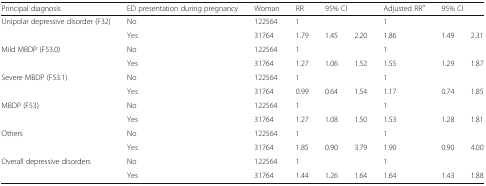
| Principal diagnosis | ED presentation during pregnancy | Woman | RR | <COLSPAN=2> 95% CI | Adjusted RRa | <COLSPAN=2> 95% CI |
 | --- | --- | --- | --- | --- | --- | --- | --- | --- |
 | <ROWSPAN=2> Unipolar depressive disorder (F32) | No | 122564 | 1 |  |  | 1 |  |  |
 | Yes | 31764 | 1.79 | 1.45 | 2.20 | 1.86 | 1.49 | 2.31 |
 | <ROWSPAN=2> Mild MBDP (F53.0) | No | 122564 | 1 |  |  | 1 |  |  |
 | Yes | 31764 | 1.27 | 1.06 | 1.52 | 1.55 | 1.29 | 1.87 |
 | <ROWSPAN=2> Severe MBDP (F53.1) | No | 122564 | 1 |  |  | 1 |  |  |
 | Yes | 31764 | 0.99 | 0.64 | 1.54 | 1.17 | 0.74 | 1.85 |
 | <ROWSPAN=2> MBDP (F53) | No | 122564 | 1 |  |  | 1 |  |  |
 | Yes | 31764 | 1.27 | 1.08 | 1.50 | 1.53 | 1.28 | 1.81 |
 | <ROWSPAN=2> Others | No | 122564 | 1 |  |  | 1 |  |  |
 | Yes | 31764 | 1.85 | 0.90 | 3.79 | 1.90 | 0.90 | 4.00 |
 | Overall depressive disorders | No | 122564 | 1 |  |  | 1 |  |  |
 |  | Yes | 31764 | 1.44 | 1.26 | 1.64 | 1.64 | 1.43 | 1.88 |